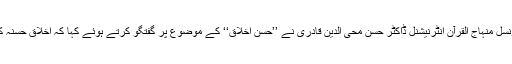
میلاد کانفرنس کے شرکاء سے خطاب کرتے ہوئے چیئرمین سپریم کونسل منہاج القرآن انٹرنیشنل ڈاکٹر حسن محی الدین قادری نے ’’حُسن اخلاق‘‘ کے موضوعِ پر گفتگو کرتے ہوئے کہا کہ اخلاق حسنہ کے دو طرح کے ہیں، ایک خالق کے ساتھ اور دوسرا مخلوق کے ساتھ۔